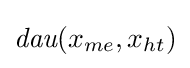
{\textit {dau}}(x_{me},x_{ht})